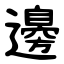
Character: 邊